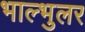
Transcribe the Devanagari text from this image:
भाल्भुलर